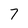
Character: 7